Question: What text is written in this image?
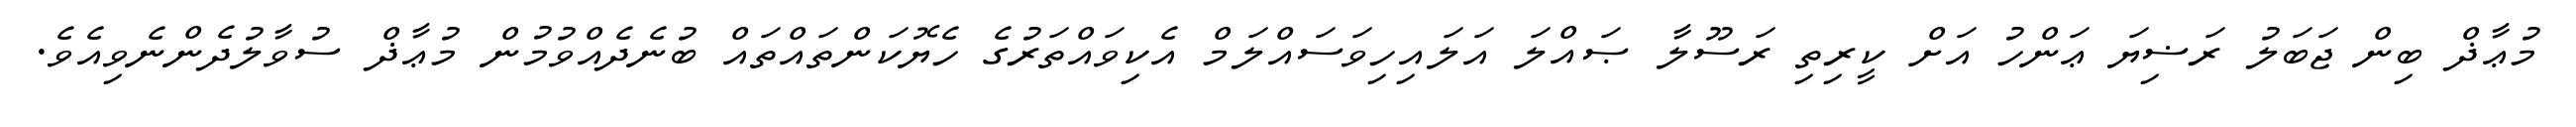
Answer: މުޢާޛް ބިން ޖަބަލު ރަޟިޔަ ޢަންހު އަށް ކީރިތި ރަސޫލާ ޞައްލަ އަލައިހިވަސައްލަމް އެކިވައްތަރުގެ ހެޔޮކަންތައްތައް ބުނެދެއްވުމުން މުޢާޛް ސުވާލުދެންނެވިއެވެ.